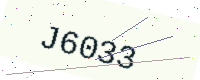
Text: J6033